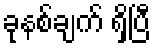
ခုနစ်ချက် ရှိပြီ